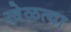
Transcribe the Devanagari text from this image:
खेळत्या